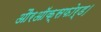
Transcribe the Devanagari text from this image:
औरऑक्सफोर्ड।